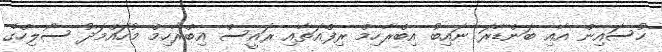
ހުސައިން އާއި ބަންޑާރަ ނައިބު އިބްރާހިމް ރިފްއަތާއި ރައީސް އިބްރާހިމް މުހައްމަދު ސޯލިހްގެ